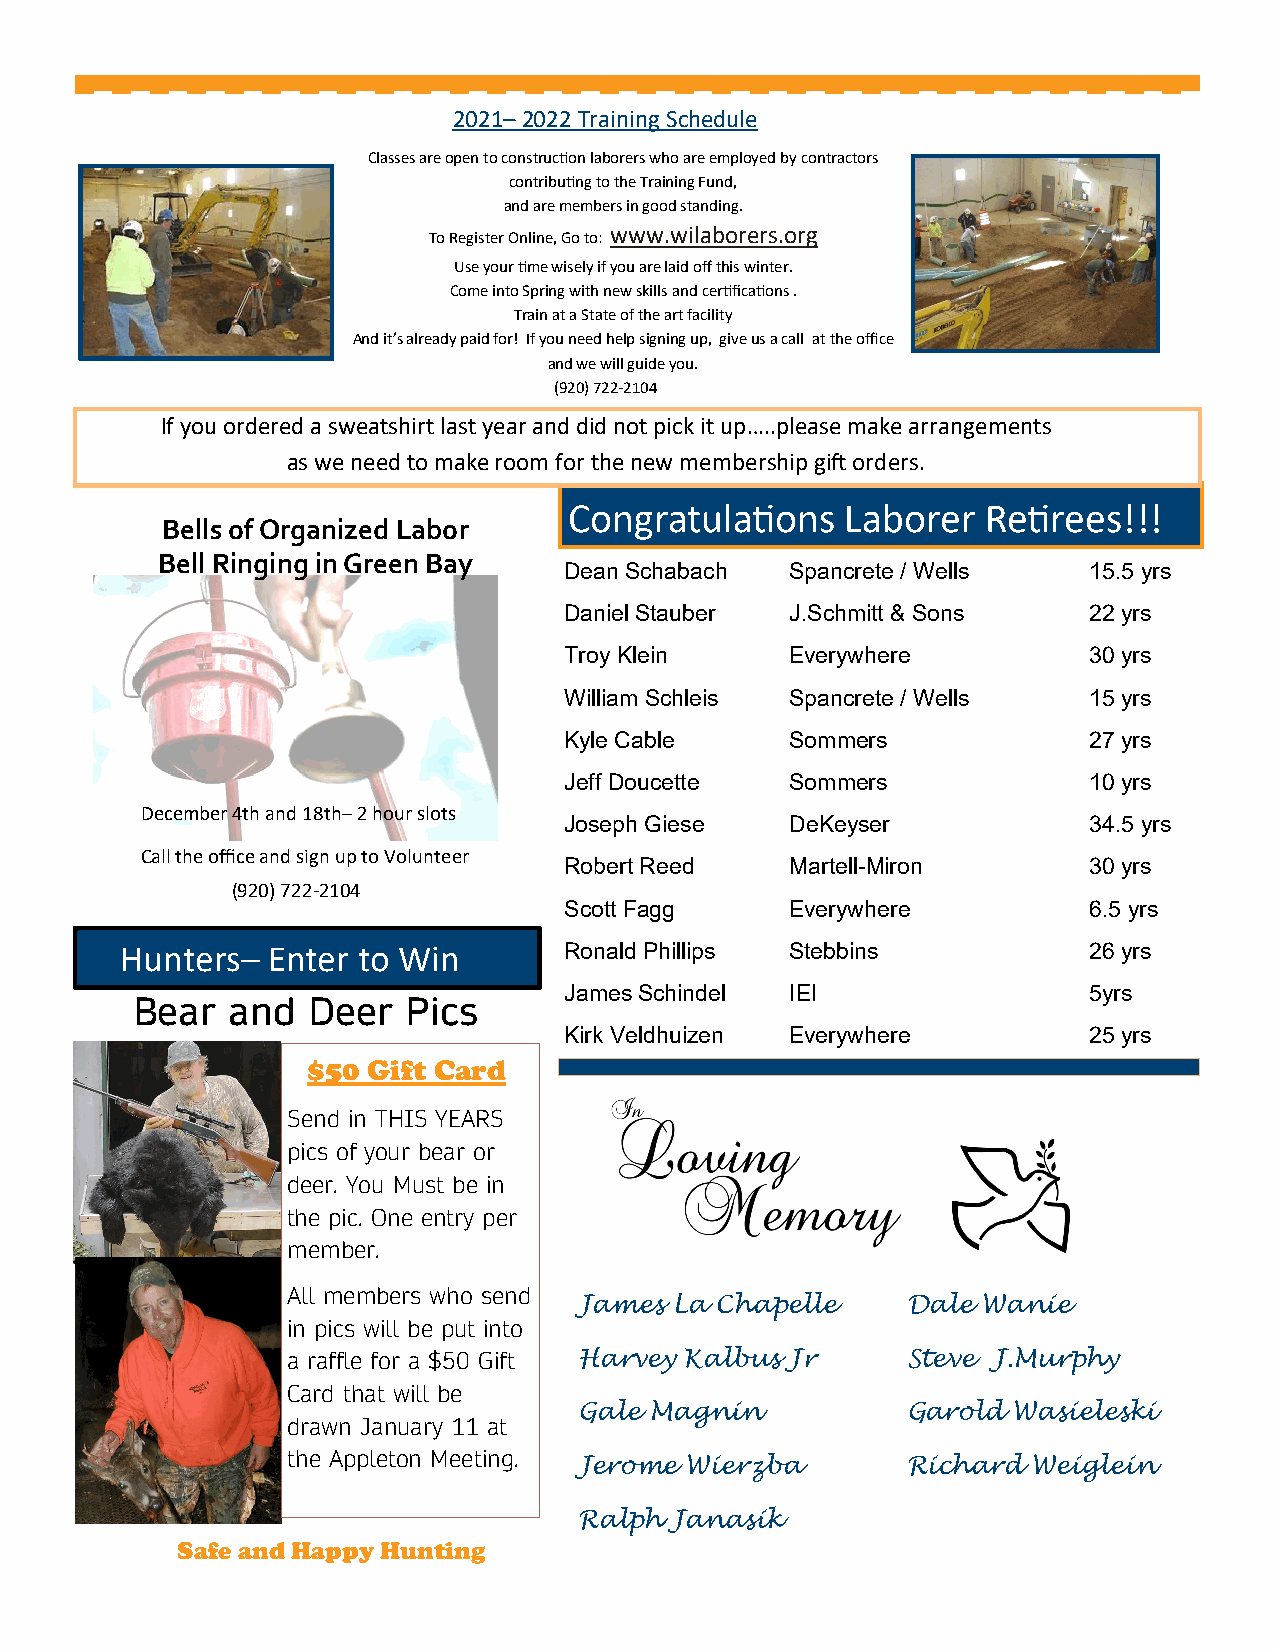
2021– 2022 Training Schedule
 Classes are open to construction laborers who are employed by contractors
 contributing to the Training Fund,
 and are members in good standing.
 To Register Online, Go to: www.wilaborers.org
 Use your time wisely if you are laid off this winter.
 Come into Spring with new skills and certifications .
 Train at a State of the art facility
 And it’s already paid for! If you need help signing up, give us a call at the office
 and we will guide you.
 (920) 722-2104
 If you ordered a sweatshirt last year and did not pick it up…..please make arrangements
 as we need to make room for the new membership gift orders.
 Congratulations   Laborer  Retirees!!!
 Bells of Organized Labor
 Bell Ringing in Green Bay
 Dean Schabach  Spancrete / Wells   15.5 yrs
 Daniel Stauber J.Schmitt & Sons    22 yrs
 Troy Klein     Everywhere          30 yrs
 William Schleis Spancrete / Wells  15 yrs
 Kyle Cable     Sommers             27 yrs
 Jeff Doucette  Sommers             10 yrs
 December 4th and 18th– 2 hour slots
 Joseph Giese   DeKeyser            34.5 yrs
 Call the office and sign up to Volunteer
 Robert Reed    Martell-Miron       30 yrs
 (920) 722-2104
 Scott Fagg     Everywhere          6.5 yrs
 Hunters–  Enter to Win       Ronald Phillips Stebbins           26 yrs
 James Schindel IEI                 5yrs
 Bear  and  Deer   Pics
 Kirk Veldhuizen Everywhere         25 yrs
 $50 Gift Card
 Send in THIS YEARS
 pics of your bear or
 deer. You Must be in
 the pic. One entry per
 member.
 All members who send
 James La Chapelle     Dale Wanie
 in pics will be put into
 a raffle for a $50 Gift Harvey Kalbus Jr Steve J.Murphy
 Card that will be
 Gale Magnin           Garold Wasieleski
 drawn January 11 at
 the Appleton Meeting.
 Jerome Wierzba        R ichard Weiglein
 Ralph Janasik
 Safe and Happy Hunting